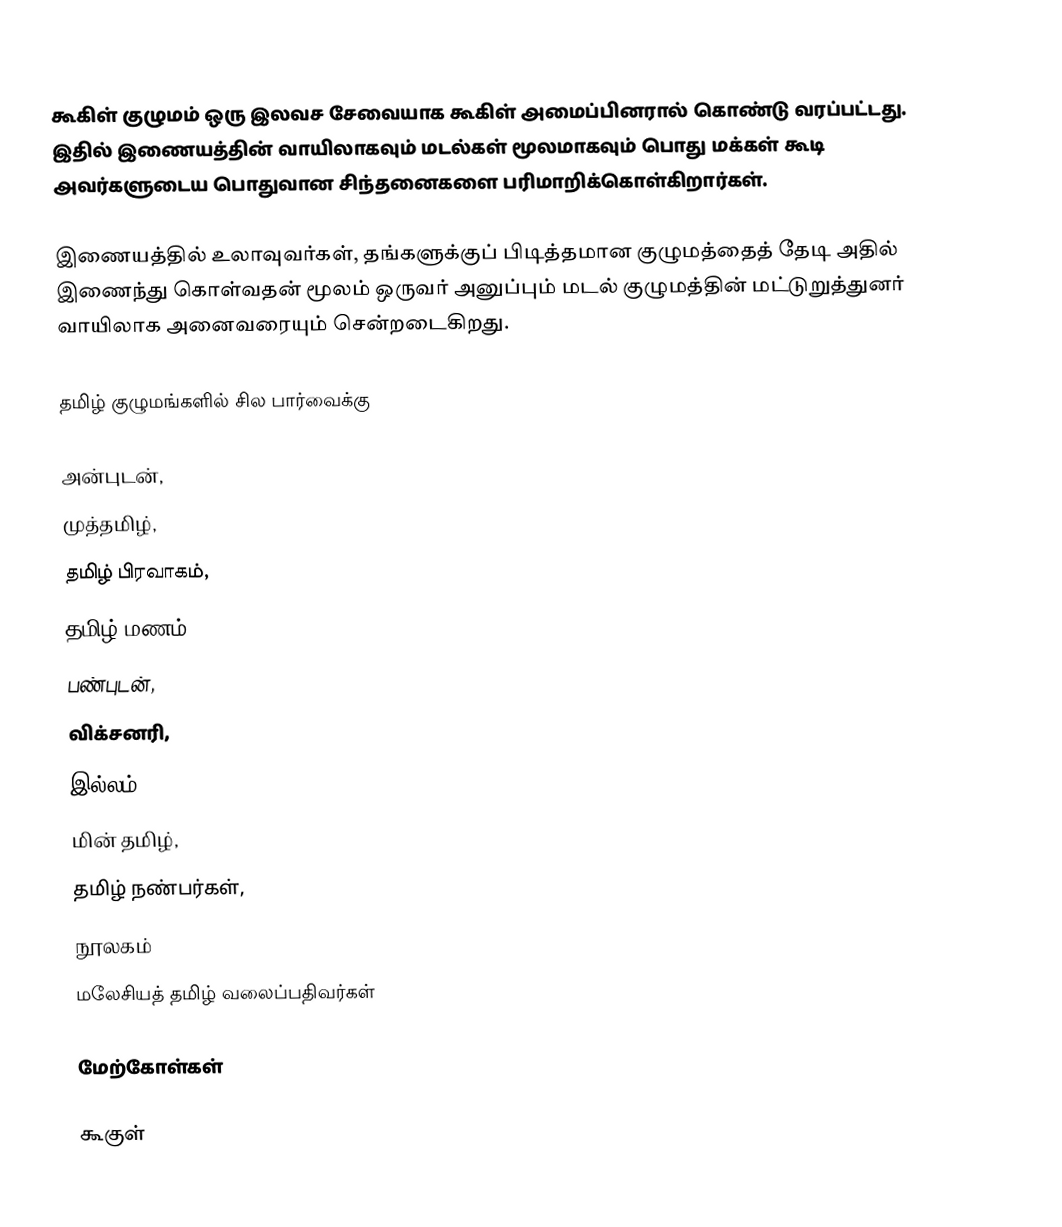
கூகிள் குழுமம் ஒரு இலவச சேவையாக கூகிள் அமைப்பினரால் கொண்டு வரப்பட்டது. இதில் இணையத்தின் வாயிலாகவும் மடல்கள் மூலமாகவும் பொது மக்கள் கூடி அவர்களுடைய பொதுவான சிந்தனைகளை பரிமாறிக்கொள்கிறார்கள்.

இணையத்தில் உலாவுவர்கள், தங்களுக்குப் பிடித்தமான குழுமத்தைத் தேடி அதில் இணைந்து கொள்வதன் மூலம் ஒருவர் அனுப்பும் மடல் குழுமத்தின் மட்டுறுத்துனர் வாயிலாக அனைவரையும் சென்றடைகிறது.

தமிழ் குழுமங்களில் சில பார்வைக்கு

அன்புடன்,
முத்தமிழ்,
தமிழ் பிரவாகம்,
தமிழ் மணம்,
பண்புடன்,
விக்சனரி,
இல்லம்,
மின் தமிழ்,
தமிழ் நண்பர்கள்,
நூலகம்
மலேசியத் தமிழ் வலைப்பதிவர்கள்

மேற்கோள்கள்

கூகுள்